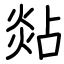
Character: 煔